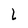
Character: L